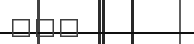
١٧١